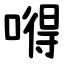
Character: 嘚